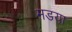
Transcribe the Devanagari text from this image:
मडया